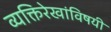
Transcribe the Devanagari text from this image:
व्यक्तिरेखांविषयी